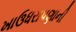
ખાઉધરાપણાની